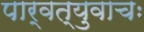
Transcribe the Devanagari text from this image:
पार्वत्युवाचः